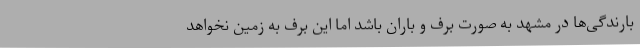
بارندگی‌ها در مشهد به صورت برف و باران باشد اما این برف به زمین نخواهد